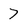
Character: 7